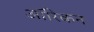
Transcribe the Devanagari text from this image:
ऑरिकन